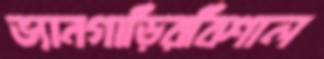
ভ্যানগাড়িরবিশাল